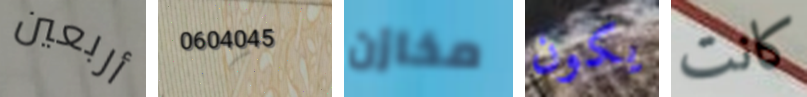
أربعين 0604045 مخازن يكون كانت